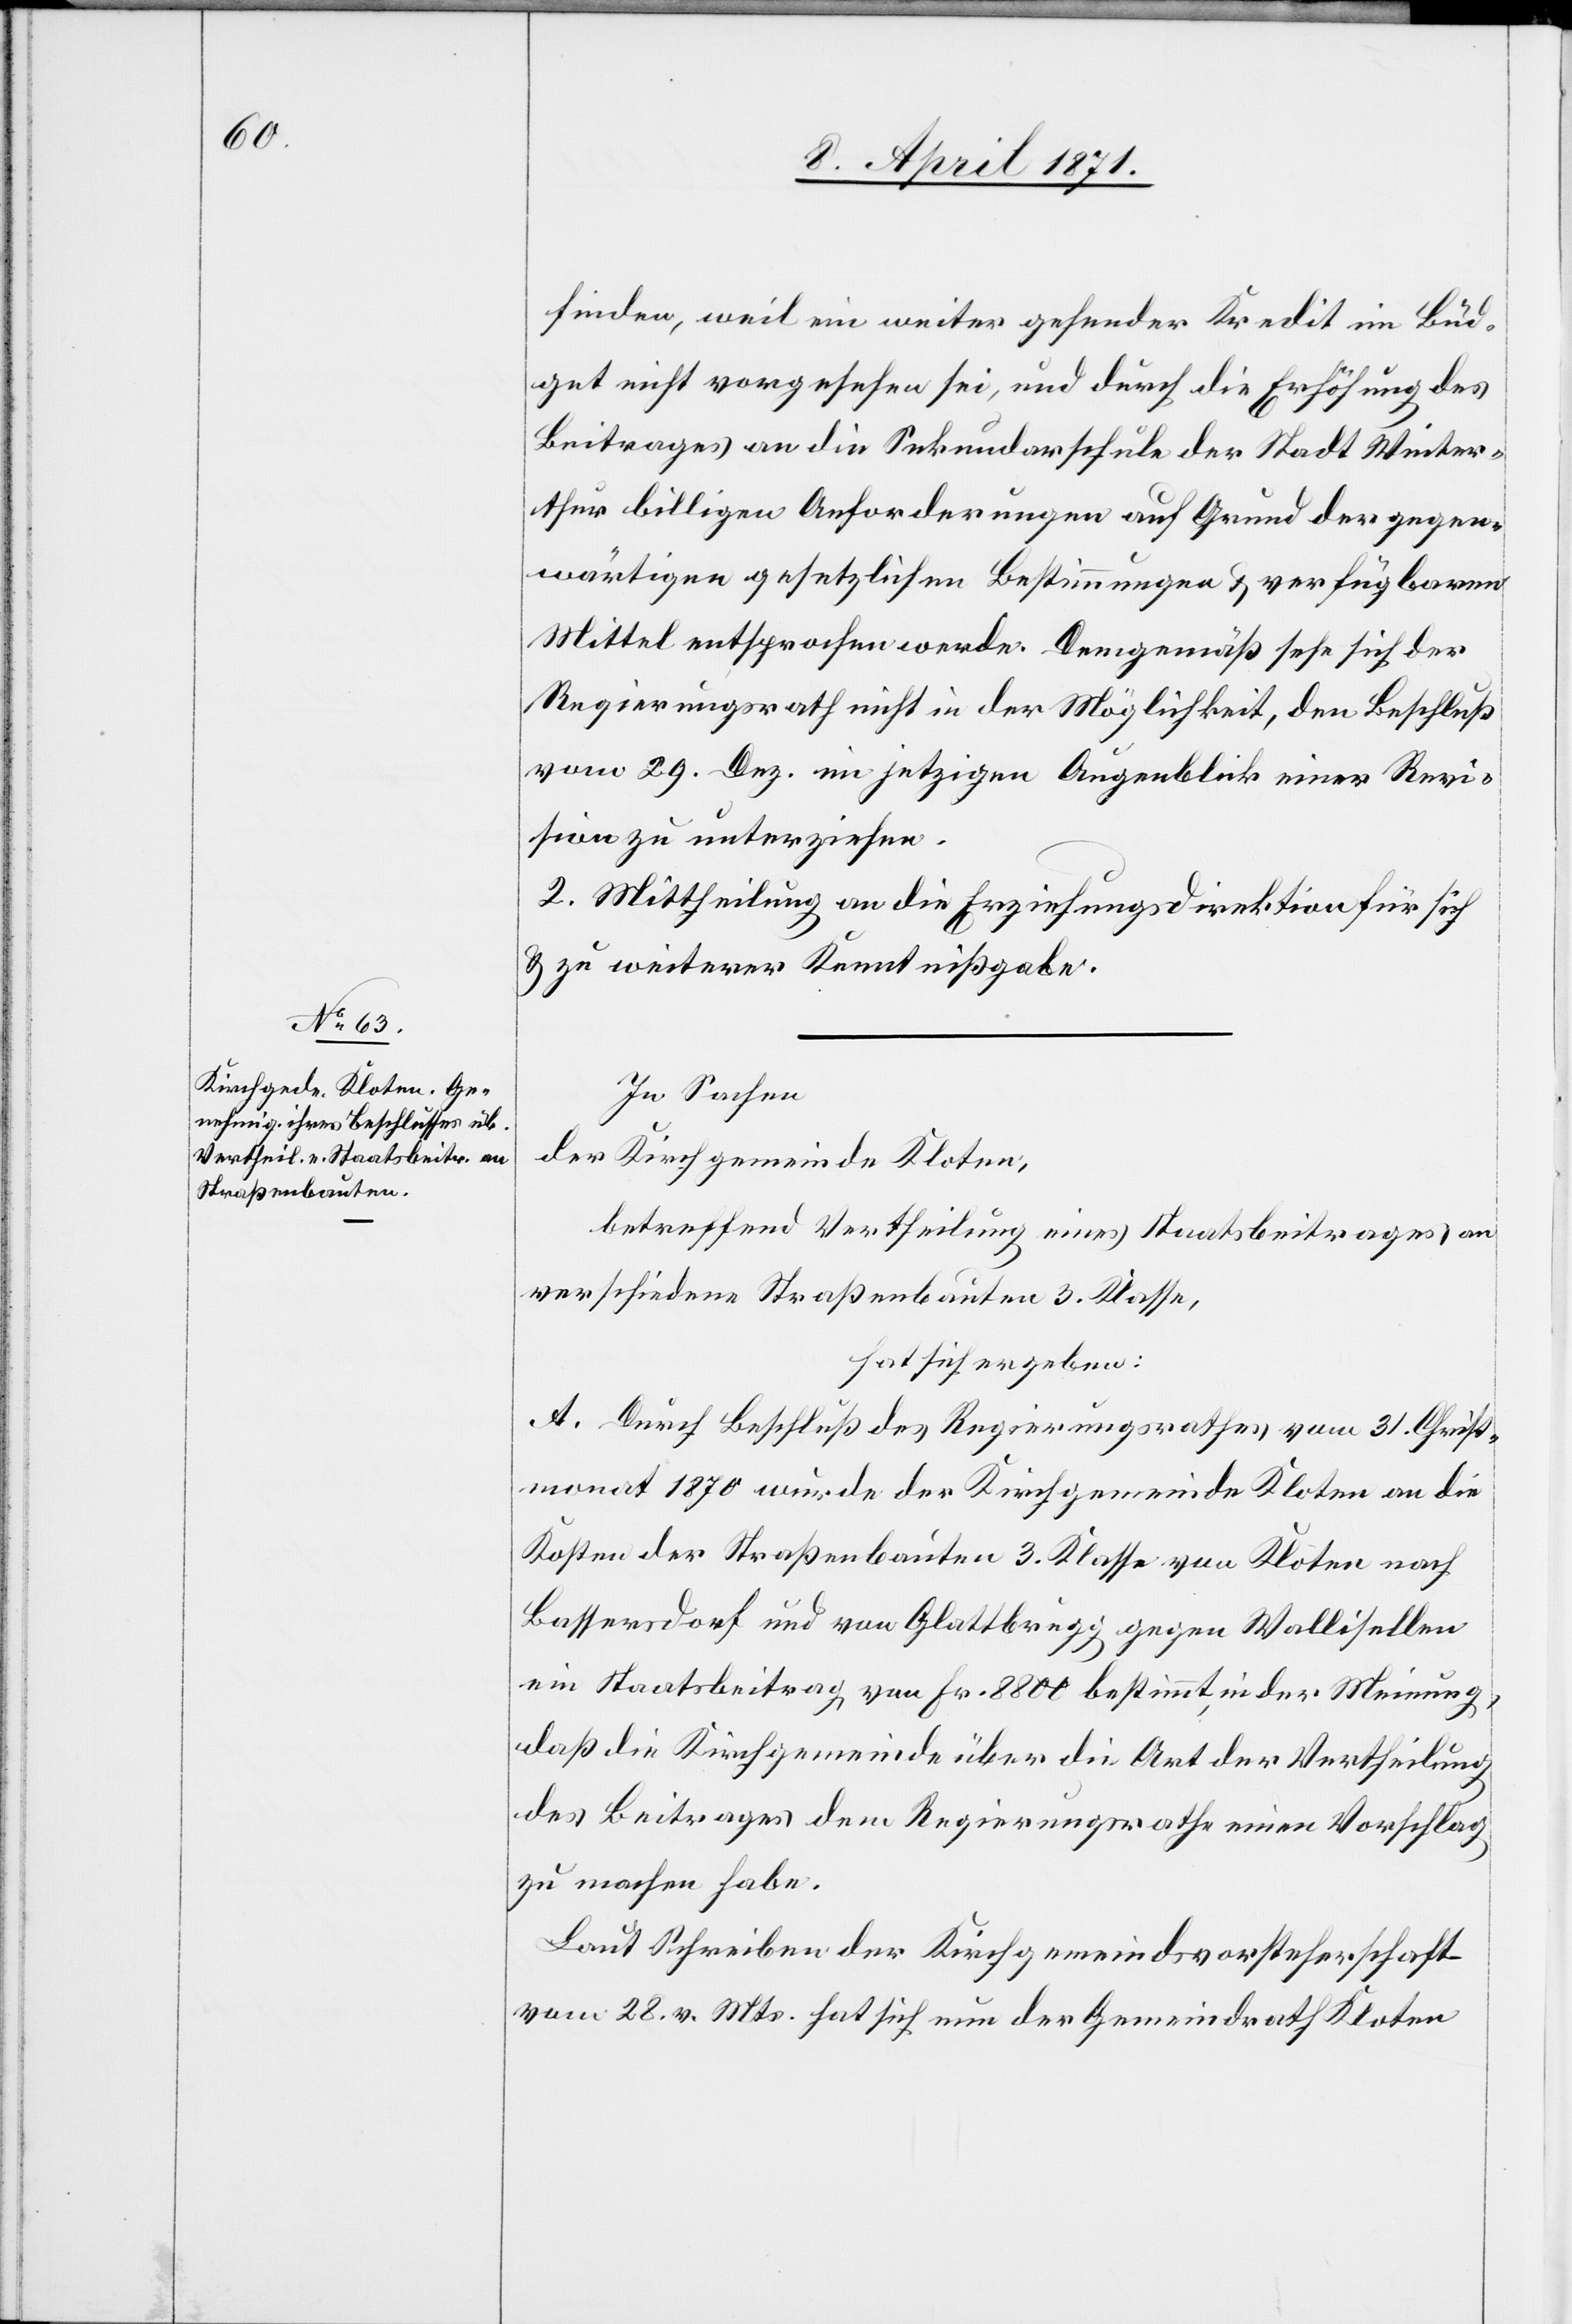
finden, weil ein weiter gehender Kredit im Büd¬
get nicht vorgesehen sei, und durch die Erhöhung des
Beitrages an die Sekundarschule der Stadt Winter¬
thur billigen Anforderungen auf Grund der gegen¬
wärtigen gesetzlichen Bestimmungen u. verfügbaren
Mittel entsprochen werde. Demgemäß sehe sich der
Regierungsrath nicht in der Möglichkeit, den Beschluß
vom 29. Dez. im jetzigen Augenblick einer Revi¬
sion zu unterziehen.
2. Mittheilung an die Erziehungsdirektion für sich
u. zu weiterer Kenntnißgabe.
In Sachen
der Kirchgemeinde Kloten,
betreffend Vertheilung eines Staatsbeitrages an
verschiedene Straßenbauten 3. Klasse,
hat sich ergeben:
A. Durch Beschluß des Regierungsrathes vom 31. Christ¬
monat 1870 wurde der Kirchgemeinde Kloten an die
Kosten der Straßenbauten 3. Klasse von Kloten nach
Bassersdorf und von Glattbrugg gegen Wallisellen
ein Staatsbeitrag von Fr. 8800 bestimmt, in der Meinung,
daß die Kirchgemeinde über die Art der Vertheilung
des Beitrages dem Regierungsrathe einen Vorschlag
zu machen habe.
Laut Schreiben der Kirchgemeindsvorsteherschaft
vom 28. v. Mts. hat sich nun der Gemeindrath Kloten